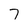
Character: 7